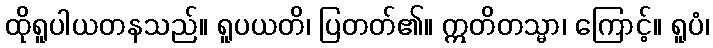
ထိုရူပါယတနသည်။ ရူပယတိ၊ ပြတတ်၏။ ဣတိတသ္မာ၊ ကြောင့်။ ရူပံ၊